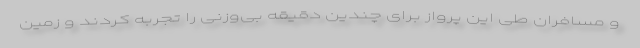
و مسافران طی این پرواز برای چندین دقیقه بی‌وزنی را تجربه کردند و زمین